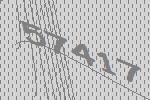
57417